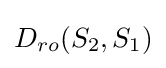
D_{ro}(S_{2},S_{1})